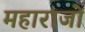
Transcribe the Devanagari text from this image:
महाराजों